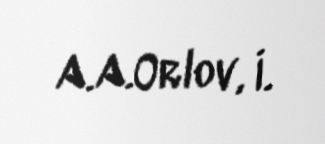
A.A.Orlov, İ.